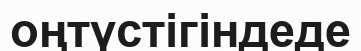
оңтүстігіндеде